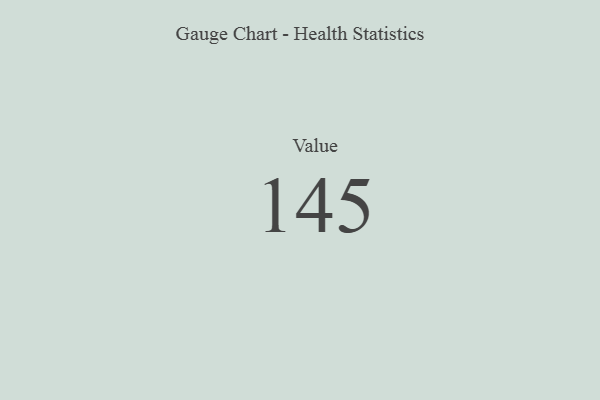
{"axis": {"x": "Metric", "y": "Value"}, "legend": [""], "data": [{"x": "Value", "y": 145, "type": ""}]}